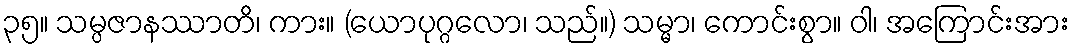
၃၅။ သမ္ပဇာနဿာတိ၊ ကား။ (ယောပုဂ္ဂလော၊ သည်။) သမ္မာ၊ ကောင်းစွာ။ ဝါ၊ အကြောင်းအား